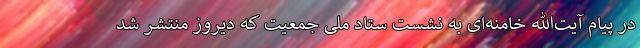
در پیام آیت‌الله خامنه‌ای به نشست ستاد ملی جمعیت که دیروز منتشر شد